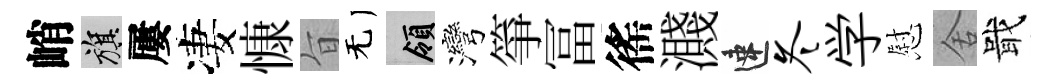
峭旗屢凄慷旨无領灣箏冨徭濺速冬学慰舍戢